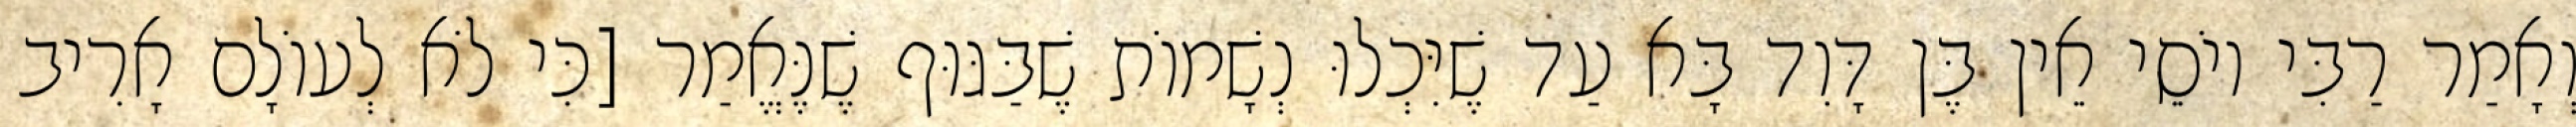
וְאָמַר רַבִּי יוֹסֵי אֵין בֶּן דָּוִד בָּא עַד שֶׁיִּכְלוּ נְשָׁמוֹת שֶׁבַּגּוּף שֶׁנֶּאֱמַר [כִּי לֹא לְעוֹלָם אָרִיב